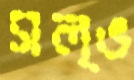
সল্ভ